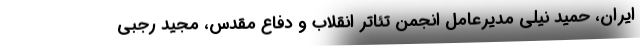
ایران، حمید نیلی مدیرعامل انجمن تئاتر انقلاب و دفاع مقدس، مجید رجبی